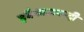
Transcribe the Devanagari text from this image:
इवैन्जलवादी